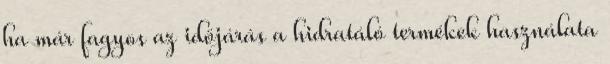
ha már fagyos az időjárás a hidratáló termékek használata